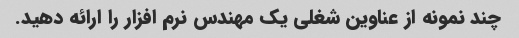
چند نمونه از عناوین شغلی یک مهندس نرم افزار را ارائه دهید.